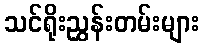
သင်ရိုးညွှန်းတမ်းများ